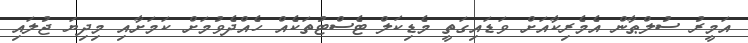
އަމީރު ސުލްޠާން އެމެރިކާއަށް ވަޑައިގަތީ މެޑިކަލް ޓެސްޓުތަކެއް ހެއްދެވުމަށް ކަމަށާއި މިދިޔަ ޖުލައި